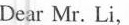
Dear Mr.Li，